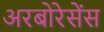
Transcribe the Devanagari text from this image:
अरबोरेसेंस